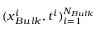
( \boldsymbol { x } _ { B u l k } ^ { i } , t ^ { i } ) _ { i = 1 } ^ { N _ { B u l k } }